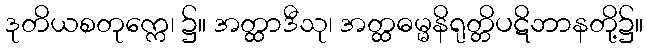
ဒုတိယစတုက္ကေ၊ ၌။ အတ္ထာဒီသု၊ အတ္ထဓမ္မနိရုတ္တိပဋိဘာနတို့၌။